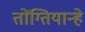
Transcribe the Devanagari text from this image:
तोंग्तियान्हे